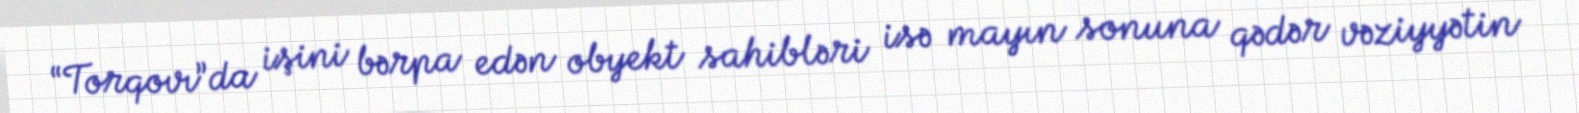
“Torqovı”da işini bərpa edən obyekt sahibləri isə mayın sonuna qədər vəziyyətin